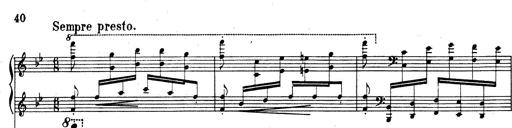
Title: Rhapsodie espagnole
Composer: Franz Liszt